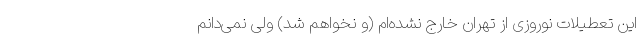
این تعطیلات نوروزی از تهران خارج نشده‌ام (و نخواهم شد) ولی نمی‌دانم